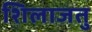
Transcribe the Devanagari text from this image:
शिलाजतु